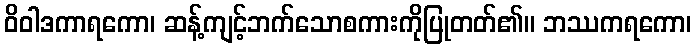
ဝိဝါဒကာရကော၊ ဆန့်ကျင့်ဘက်သောစကားကိုပြုတတ်၏။ ဘဿကရကော၊